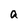
Character: a